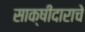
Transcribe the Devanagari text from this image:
साक्षीदाराचे